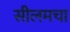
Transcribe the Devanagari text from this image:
सीलमचा